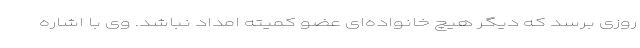
روزی برسد که دیگر هیچ خانواده‌ای عضو کمیته امداد نباشد. وی با اشاره